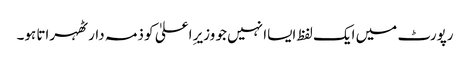
رپورٹ میں ایک لفظ ایساا نہیں جو وزیرِ اعلیٰ کو ذمہ دار ٹھہراتا ہو۔